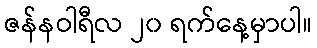
ဇန်နဝါရီလ ၂၀ ရက်နေ့မှာပါ။